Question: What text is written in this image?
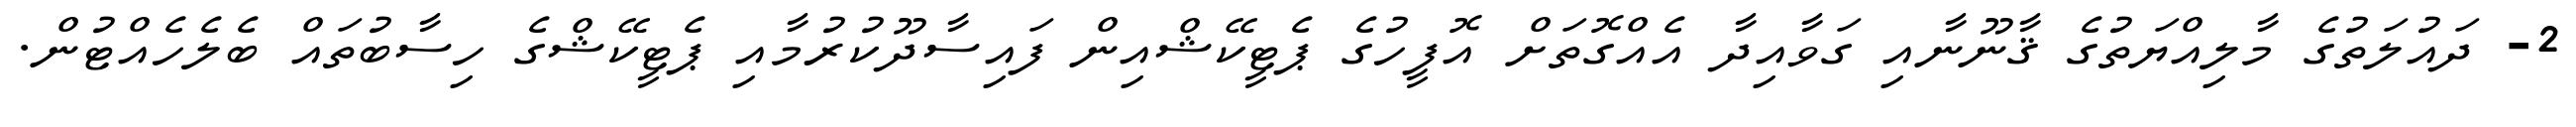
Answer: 2- ދައުލަތުގެ މާލިއްޔަތުގެ ޤާނޫނާއި ގަވާއިދާ އެއްގޮތަށް އޮފީހުގެ ޕެޓީކޭޝްއިން ފައިސާދޫކުރުމާއި ޕެޓީކޭޝްގެ ހިސާބުތައް ބެލެހެއްޓުން.